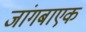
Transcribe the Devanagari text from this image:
जांगबाएक